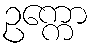
ဥက္ကော